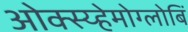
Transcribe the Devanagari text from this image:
ओक्स्य्हेमोग्लोबिं